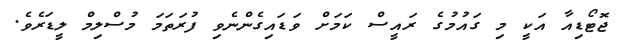
ޖޮޓޯޑިއާ އަކީ މި ގައުމުގެ ރައީސް ކަމަށް ވަޑައިގެންނެވި ފުރަތަމަ މުސްލިމް ލީޑަރެވެ.